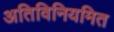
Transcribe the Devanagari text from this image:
अतिविनियमित